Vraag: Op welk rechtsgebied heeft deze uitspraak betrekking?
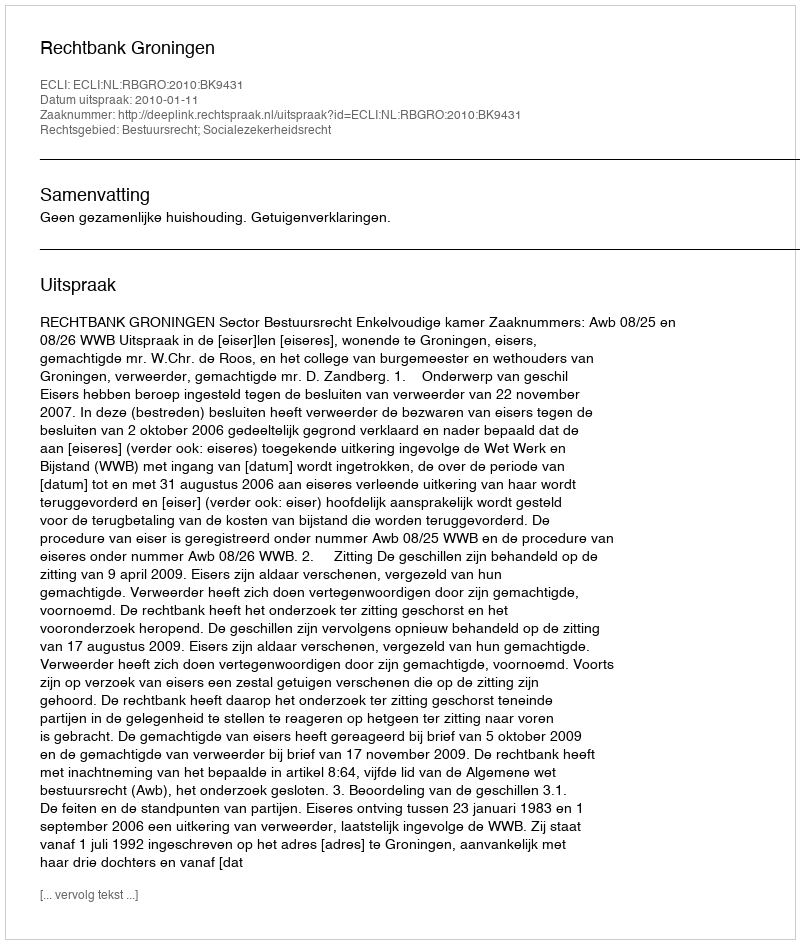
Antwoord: Bestuursrecht; Socialezekerheidsrecht